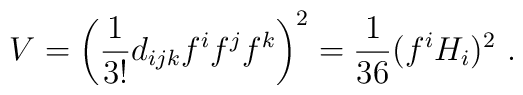
V = \left( {1\over 3!} d_{ijk} f^i f^j f^k \right)^2 =\frac{1}{36}(f^iH_i)^2~.